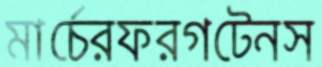
মার্চেরফরগটেনস